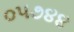
૦૫૭૪૪